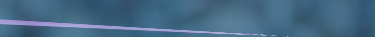
بيع وتوزيع منتجات العناية